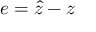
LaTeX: e = { \hat { z } } - z